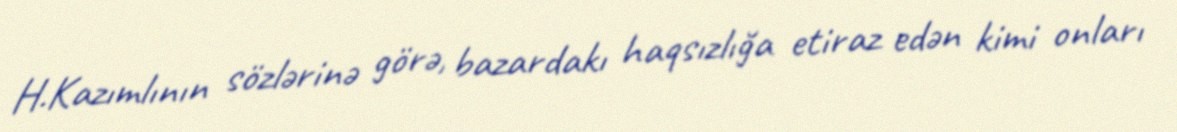
H.Kazımlının sözlərinə görə, bazardakı haqsızlığa etiraz edən kimi onları